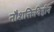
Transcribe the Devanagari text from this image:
नौशक्तिविहीन